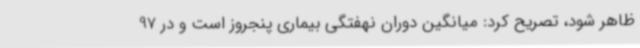
ظاهر شود، تصریح کرد: میانگین دوران نهفتگی بیماری پنجروز است و در 97